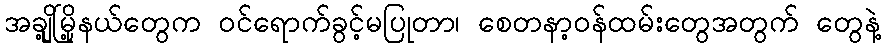
အချို့မြို့နယ်တွေက ဝင်ရောက်ခွင့်မပြုတာ၊ စေတနာ့ဝန်ထမ်းတွေအတွက် တွေနဲ့